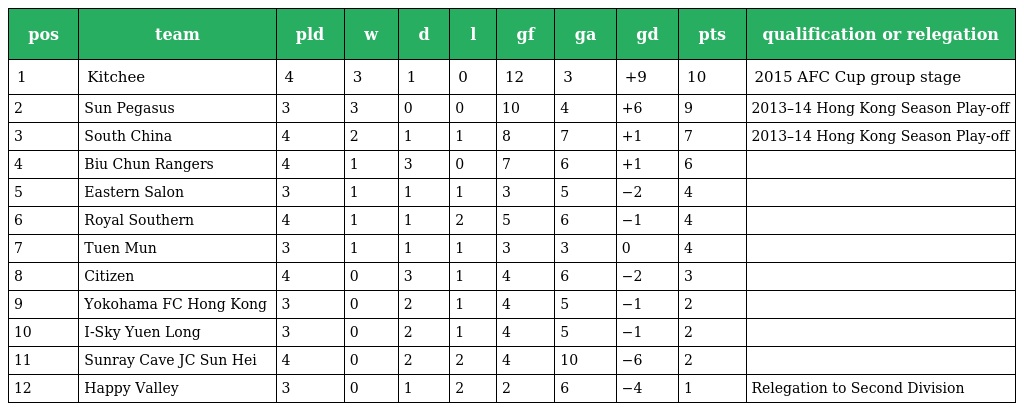
| pos | team | pld | w | d | l | gf | ga | gd | pts | qualification or relegation |
 | --- | --- | --- | --- | --- | --- | --- | --- | --- | --- | --- |
 | 1 | Kitchee | 4 | 3 | 1 | 0 | 12 | 3 | +9 | 10 | 2015 AFC Cup group stage |
 | 2 | Sun Pegasus | 3 | 3 | 0 | 0 | 10 | 4 | +6 | 9 | 2013–14 Hong Kong Season Play-off |
 | 3 | South China | 4 | 2 | 1 | 1 | 8 | 7 | +1 | 7 | 2013–14 Hong Kong Season Play-off |
 | 4 | Biu Chun Rangers | 4 | 1 | 3 | 0 | 7 | 6 | +1 | 6 |  |
 | 5 | Eastern Salon | 3 | 1 | 1 | 1 | 3 | 5 | −2 | 4 |  |
 | 6 | Royal Southern | 4 | 1 | 1 | 2 | 5 | 6 | −1 | 4 |  |
 | 7 | Tuen Mun | 3 | 1 | 1 | 1 | 3 | 3 | 0 | 4 |  |
 | 8 | Citizen | 4 | 0 | 3 | 1 | 4 | 6 | −2 | 3 |  |
 | 9 | Yokohama FC Hong Kong | 3 | 0 | 2 | 1 | 4 | 5 | −1 | 2 |  |
 | 10 | I-Sky Yuen Long | 3 | 0 | 2 | 1 | 4 | 5 | −1 | 2 |  |
 | 11 | Sunray Cave JC Sun Hei | 4 | 0 | 2 | 2 | 4 | 10 | −6 | 2 |  |
 | 12 | Happy Valley | 3 | 0 | 1 | 2 | 2 | 6 | −4 | 1 | Relegation to Second Division |